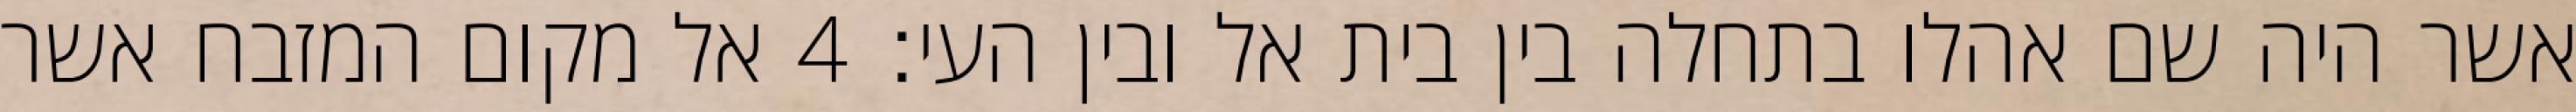
אשר היה שם אהלו בתחלה בין בית אל ובין העי׃ ‎4‏ אל מקום המזבח אשר